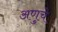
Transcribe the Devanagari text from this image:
अणुचे